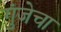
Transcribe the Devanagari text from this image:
गुंजेचा